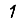
Digit: 1